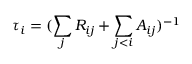
\tau _ { i } = ( \sum _ { j } R _ { i j } + \sum _ { j < i } A _ { i j } ) ^ { - 1 }